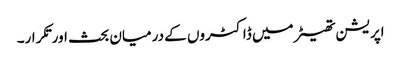
اپریشن تھیٹر میں ڈاکٹروں کے درمیان بحث اورتکرار۔